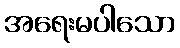
အရေးမပါသော